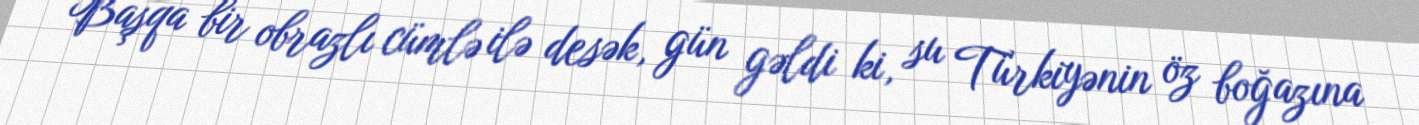
Başqa bir obrazlı cümlə ilə desək, gün gəldi ki, su Türkiyənin öz boğazına